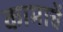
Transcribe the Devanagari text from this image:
कामाचें